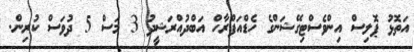
އަތޮޅު ޕޮލިސް އިންވެސްޓިގޭޝަންގެ ހެޑްއަފްރާހް އަބްދުއްްރަޝީދު 3 މަސް 5 ދުވަސް ކުރިން.